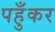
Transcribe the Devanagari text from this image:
पहुँकर